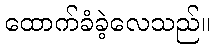
ထောက်ခံခဲ့လေသည်။